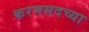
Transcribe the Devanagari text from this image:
करमसदच्या